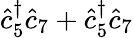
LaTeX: \hat{c}_{5}^{\dagger}\hat{c}_{7}+\hat{c}_{5}^{\dagger}\hat{c}_{7}